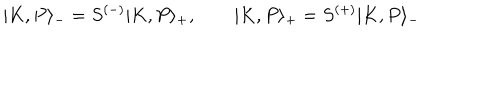
| K , P \rangle _ { - } = S ^ { ( - ) } | K , P \rangle _ { + } , \qquad | K , P \rangle _ { + } = S ^ { ( + ) } | K , P \rangle _ { - }